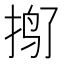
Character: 𱟿